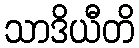
သာဒိယီတိ